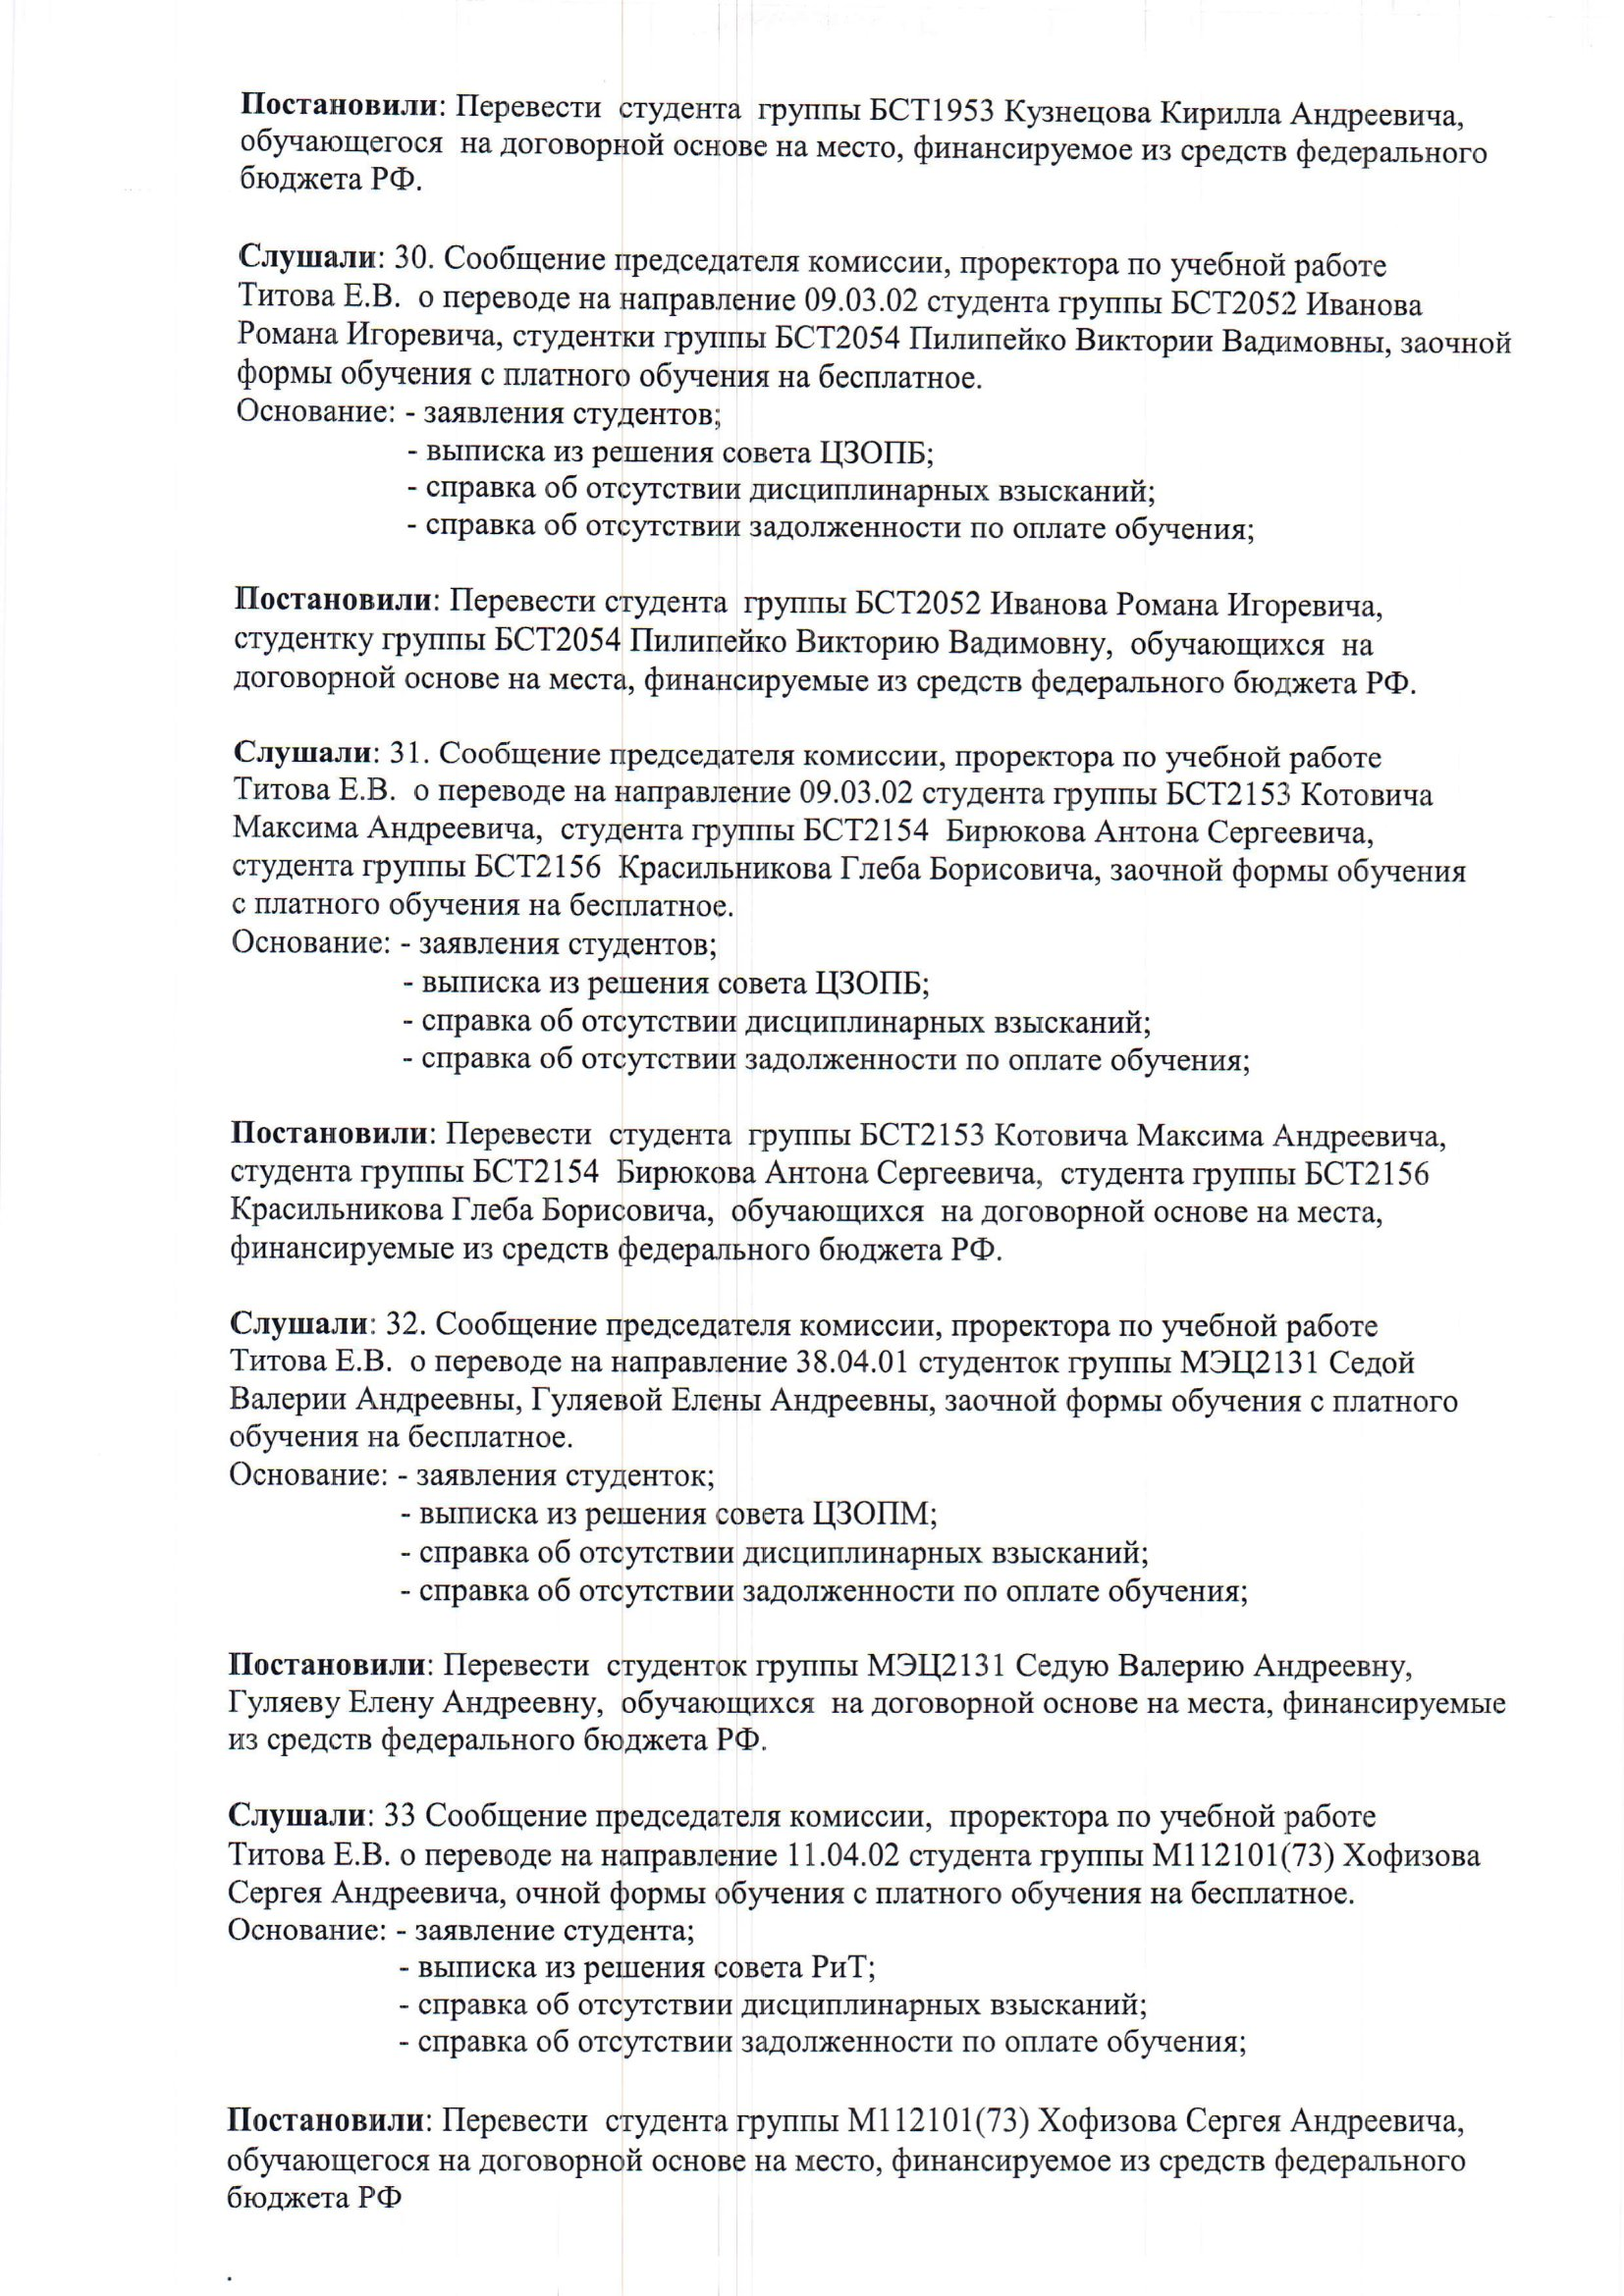
Language: ru